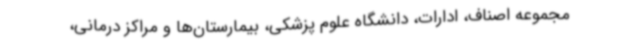
مجموعه اصناف، ادارات، دانشگاه علوم پزشکی، بیمارستان‌ها و مراکز درمانی،